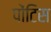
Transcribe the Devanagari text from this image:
पोंटिस